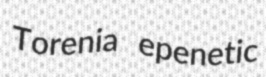
Torenia epenetic